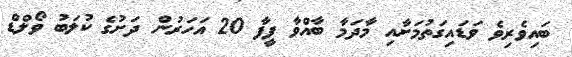
ބައިވެރިވެ ވަޑައިގަތުމަށާއި މާދަމާ ބާއްވާ ފީފާ 20 އަހަރުން ދަށުގެ ކުލަބު ވޯލްޑް